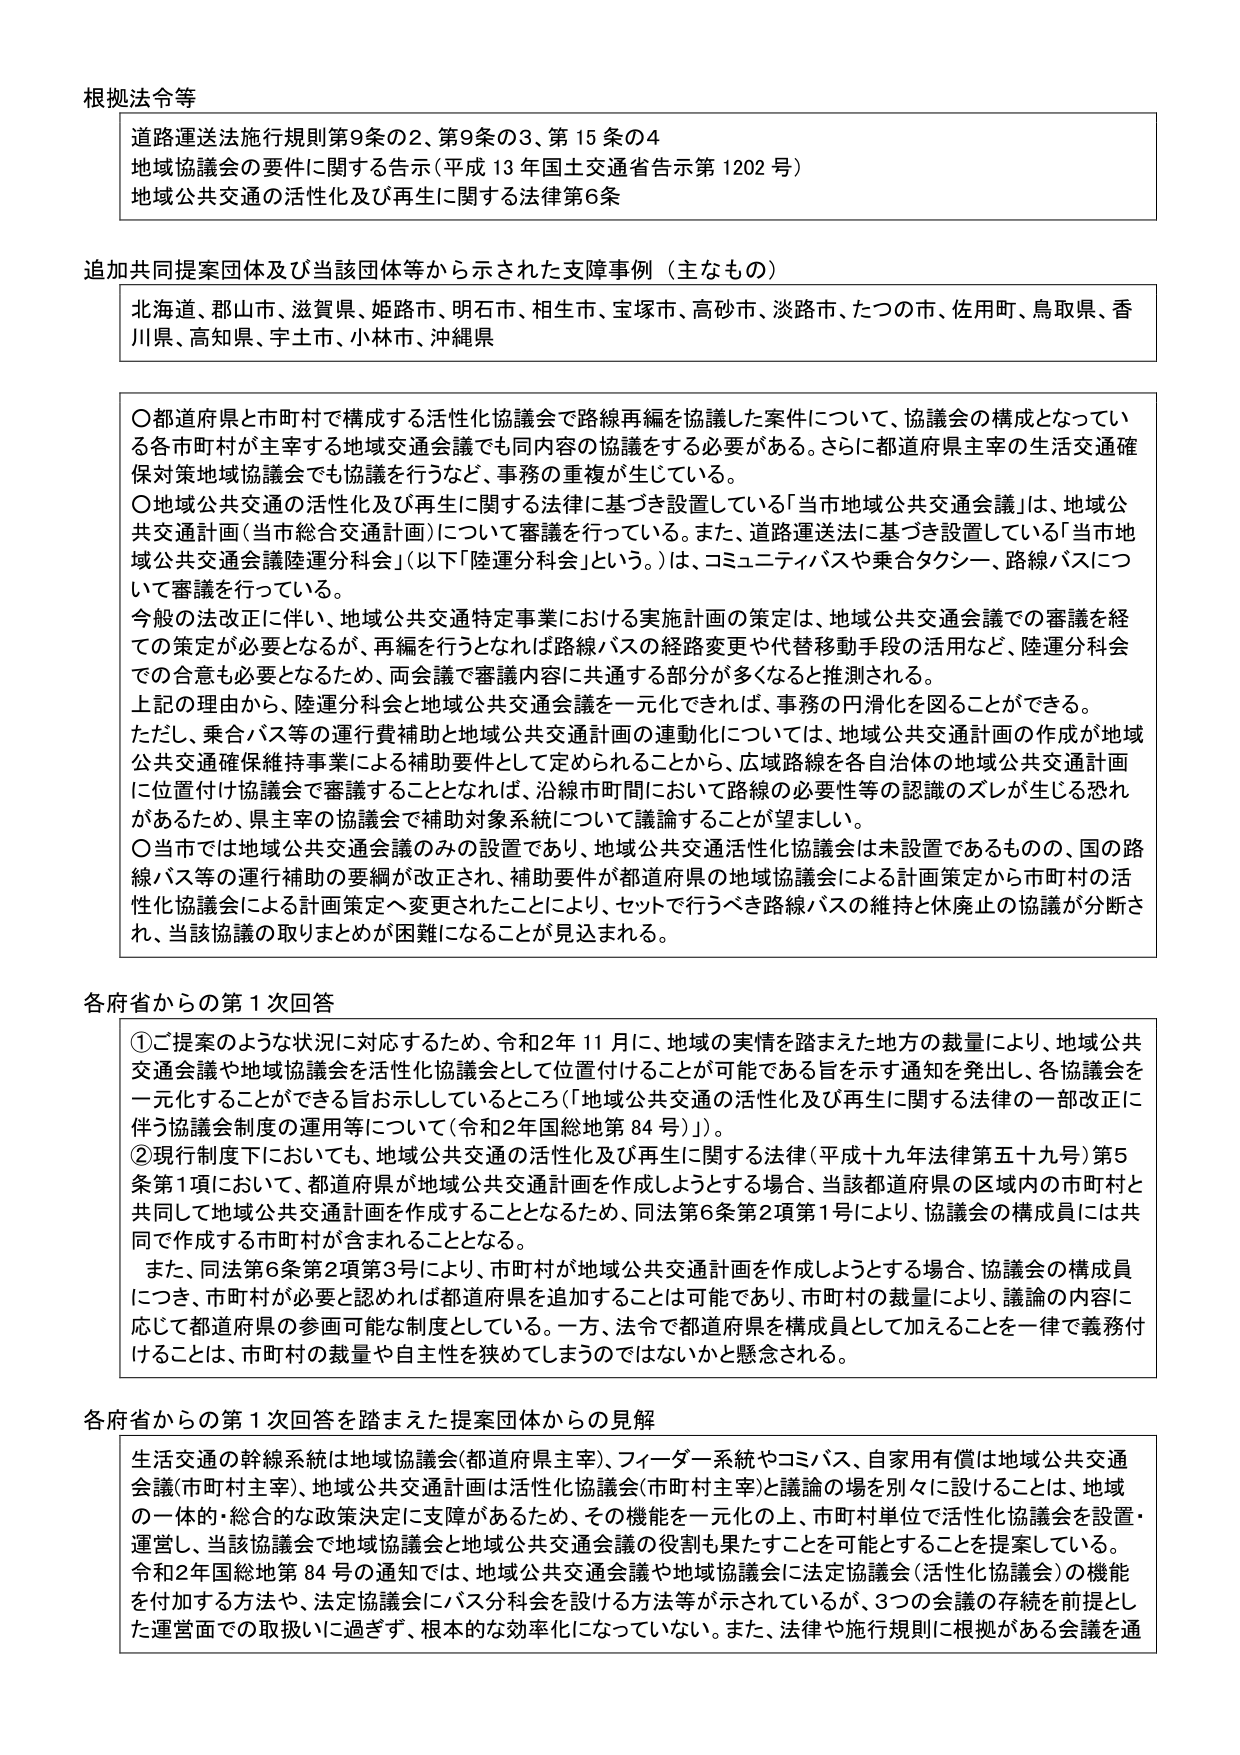
根拠法令等
道路運送法施行規則第9条の2、第9条の3、第15条の4
地域協議会の要件に関する告示（平成13年国土交通省告示第1202号）
地域公共交通の活性化及び再生に関する法律第6条

追加共同提案団体及び当該団体等から示された支援事例（主なもの）
北海道、郡山市、滋賀県、姫路市、明石市、相生市、宝塚市、高砂市、淡路市、たつの市、佐用町、鳥取県、香川県、高知県、宇土市、小林市、沖縄県

〇都道府県と市町村で構成する活性化協議会で路線再編を協議した案件について、協議会の構成となっている各市町村が主宰する地域交通会議でも同内容の協議をする必要がある。さらに都道府県主宰の生活交通確保対策地域協議会でも協議を行うなど、事務の重複が生じている。
〇地域公共交通の活性化及び再生に関する法律に基づき設置している「当市地域公共交通会議」は、地域公共交通計画（当市総合交通計画）について審議を行っている。また、道路運送法に基づき設置している「当市地域公共交通会議陸運分科会」（以下「陸運分科会」という。）は、コミュニティバスや乗合タクシー、路線バスについて審議を行っている。
今般の法改正に伴い、地域公共交通特定事業における実施計画の策定は、地域公共交通会議での審議を経ての策定が必要となるが、再編を行うとなれば路線バスの経路変更や代替移動手段の活用など、陸運分科会での合意も必要となるため、两会議で審議内容に共通する部分が多くなると推測される。
上記の理由から、陸運分科会と地域公共交通会議を一元化できれば、事務の円滑化を図ることができる。
ただし、乗合バス等の運行費補助と地域公共交通計画の連動化については、地域公共交通計画の作成が地域公共交通確保維持事業による補助要件として定められることから、広域路線を各自治体の地域公共交通計画に位置付け協議会で審議することとなれば、沿線市町間において路線の必要性等の認識のズレが生じる恐れがあるため、県主宰の協議会で補助対象系統について議論することが望ましい。
〇当市では地域公共交通会議のみの設置であり、地域公共交通活性化協議会は未設置であるものの、国の路線バス等の運行補助の要綱が改正され、補助要件が都道府県の地域協議会による計画策定から市町村の活性化協議会による計画策定へ変更されたことにより、セットで行うべき路線バスの維持と休廃止の協議が分断され、当該協議の取りまとめが困難になることが見込まれる。

各府省からの第1次回答
①ご提案のような状況に対応するため、令和2年11月に、地域の実情を踏まえた地方の裁量により、地域公共交通会議や地域協議会を活性化協議会として位置付けることが可能である旨を示す通知を発出し、各協議会を一元化することができる旨お示ししているところ（「地域公共交通の活性化及び再生に関する法律の一部改正に伴う協議会制度の運用等について（令和2年国総地第84号）」）。
②現行制度下においても、地域公共交通の活性化及び再生に関する法律（平成十九年法律第五十九号）第5条第1項において、都道府県が地域公共交通計画を作成しようとする場合、当該都道府県の区域内の市町村と共同して地域公共交通計画を作成することとなるため、同法第6条第2項第1号により、協議会の構成員には共同で作成する市町村が含まれることとなる。
また、同法第6条第2項第3号により、市町村が地域公共交通計画を作成しようとする場合、協議会の構成員につき、市町村が必要と認めれば都道府県を追加することは可能であり、市町村の裁量により、議論の内容に応じて都道府県の参画可能な制度としている。一方、法令で都道府県を構成員として加えることを一律で義務付けることは、市町村の裁量や自主性を狭めてしまうのではないかと懸念される。

各府省からの第1次回答を踏まえた提案団体からの見解
生活交通の幹線系統は地域協議会（都道府県主宰）、フィーダー系統やコミバス、自家用有償は地域公共交通会議（市町村主宰）、地域公共交通計画は活性化協議会（市町村主宰）と議論の場を別々に設けることは、地域の一体的・総合的な政策決定に支障があるため、その機能を一元化の上、市町村単位で活性化協議会を設置・運営し、当該協議会で地域協議会と地域公共交通会議の役割も果たすことを可能とすることを提案している。
令和2年国総地第84号の通知では、地域公共交通会議や地域協議会に法定協議会（活性化協議会）の機能を付加する方法や、法定協議会にバス分科会を設ける方法等が示されているが、3つの会議の存続を前提とした運営面での取扱いに過ぎず、根本的な効率化になっていない。また、法律や施行規則に根拠がある会議を通